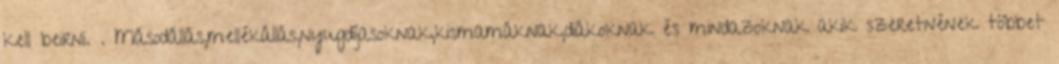
kell beirni. . Másodállás,mellékállás,nyugdíjasoknak,kismamáknak,diákoknak és mindazoknak akik szeretnének többet